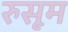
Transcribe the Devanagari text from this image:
रुसूम